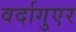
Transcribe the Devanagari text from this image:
वर्दागुएर